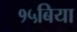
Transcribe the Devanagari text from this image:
१५बिया